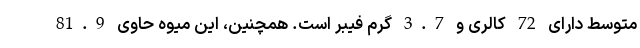
متوسط دارای 72 کالری و 3.7 گرم فیبر است. همچنین، این میوه حاوی 81.9